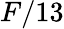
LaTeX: F/13